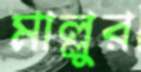
মাল্লুর